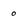
Character: 0